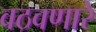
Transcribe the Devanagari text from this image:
वठवणारे